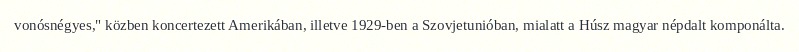
vonósnégyes," közben koncertezett Amerikában, illetve 1929-ben a Szovjetunióban, mialatt a Húsz magyar népdalt komponálta.